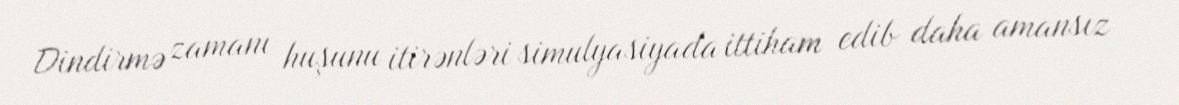
Dindirmə zamanı huşunu itirənləri simulyasiyada ittiham edib daha amansız